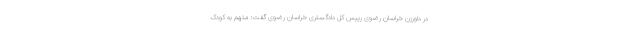
در داورزن خراسان رضوی رییس کل دادگستری خراسان رضوی گفت: متهم به کودک